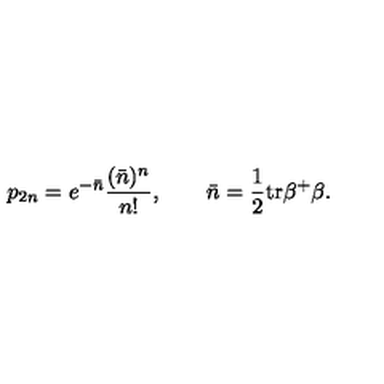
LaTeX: p _ { 2 n } = e ^ { - \bar { n } } \frac { ( \bar { n } ) ^ { n } } { n ! } , \qquad \bar { n } = \frac 1 2 \mathrm { t r } \beta ^ { + } \beta .